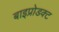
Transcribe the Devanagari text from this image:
बाइप्रोडक्ट